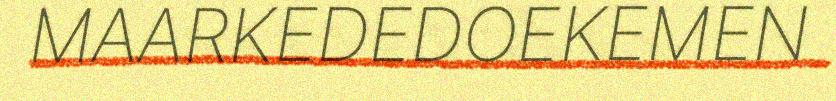
MAARKEDEDOEKEMEN